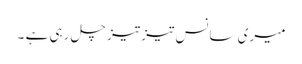
میری سانس تیز تیز چل رہی ہے ۔